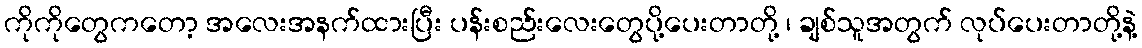
ကိုကိုတွေကတော့ အလေးအနက်ထားပြီး ပန်းစည်းလေးတွေပို့ပေးတာတို့ ၊ ချစ်သူအတွက် လုပ်ပေးတာတို့နဲ့